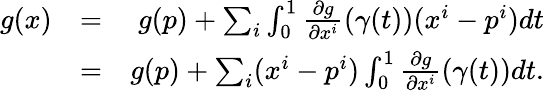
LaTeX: \begin{array}{rlr}{g(x)}&{=}&{g(p)+\sum_{i}\int_{0}^{1}\frac{\partial g}{\partial x^{i}}(\gamma(t))(x^{i}-p^{i})dt}\\ &{=}&{g(p)+\sum_{i}(x^{i}-p^{i})\int_{0}^{1}\frac{\partial g}{\partial x^{i}}(\gamma(t))dt.}\end{array}